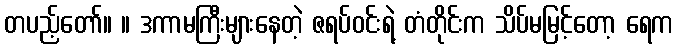
တပည့်တော်။ ။ ဒကာမကြီးများနေတဲ့ ဇရပ်ဝင်းရဲ့ တံတိုင်းက သိပ်မမြင့်တော့ ရေက